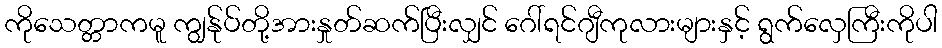
ကိုသေတ္တာကမူ ကျွန်ုပ်တို့အားနှုတ်ဆက်ပြီးလျှင် ဂေါ်ရင်ဂျီကုလားများနှင့် ရွက်လှေကြီးကိုပါ